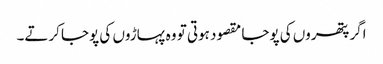
اگر پتھروں کی پوجا مقصود ہوتی تو وہ پہاڑوں کی پوجا کرتے۔